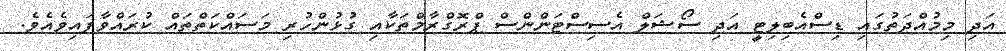
އަދި މިމުއްދަތުގައި ޑިސްއެބިލިޓީ އަދި ސޯޝަލް އެސިސްޓަންންސް ޕްރޮގްރާމްތަކާއި ގުޅުންހުރި މަސައްކަތްތައް ކުރައްވާފައިވެއެވެ.